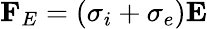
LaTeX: \mathbf{F}_{E}=(\sigma_{i}+\sigma_{e})\mathbf{E}